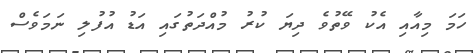
ހަމަ މިއާއި އެކު ވޭތުވެ ދިޔަ ކުރު މުއްދަތުގައި އަޑު އުފުލި ނަމަވެސް